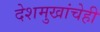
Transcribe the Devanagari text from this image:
देशमुखांचेही